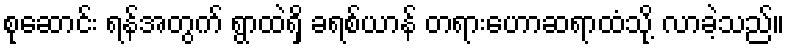
စုဆောင်း ရန်အတွက် ရွာထဲရှိ ခရစ်ယာန် တရားဟောဆရာထံသို့ လာခဲ့သည်။